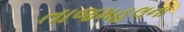
તાજમહલના